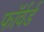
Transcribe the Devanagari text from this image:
फाॅर्वर्ड